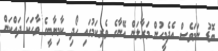
ބޮޑު ނަމަވެސް އެދެމީހުން މަރާލަން އޭނާގެ ވެރިކަމުގައި ހޯދި ކާމިޔާބީގެ ވާހަކަ ދައްކަން